Annual report on the working of the lock hospitals in the North-Western Provinces and Oudh
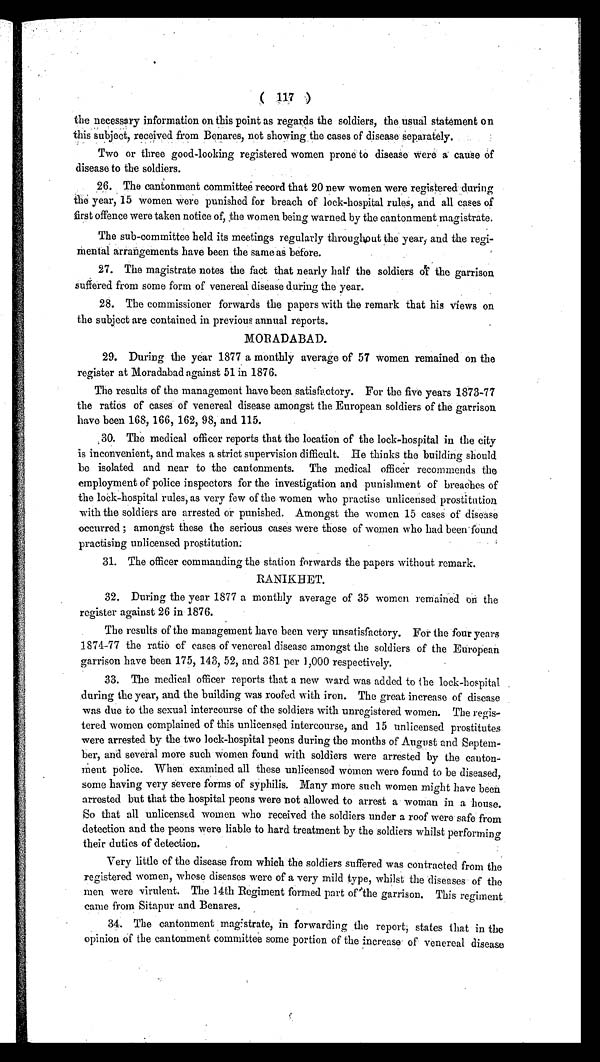
( 117 )
the necessary information on this point as regards the soldiers, the usual statement on
this subject, received from Benares, not showing the cases of disease Separately.
Two or three good-looking registered women prone to disease were a cause of
disease to the soldiers.
26. The cantonment committee record that 20 new women were registered during
the year, 15 women were punished for breach of lock-hospital rules, and all cases of
first offence were taken notice of, the women being warned by the cantonment magistrate.
The sub-committee held its meetings regularly throughout the year, and the regi-
mental arrangements have been the same as before.
27. The magistrate notes the fact that nearly half the soldiers of the garrison
suffered from some form of venereal disease during the year.
28. The commissioner forwards the papers with the remark that his views on
the subject are contained in previous annual reports.
MORADABAD.
29. During the year 1877 a monthly average of 57 women remained on the
register at Moradabad against 51 in 1876.
The results of the management have been satisfactory. For the five years 1873-77
the ratios of cases of venereal disease amongst the European soldiers of the garrison
have been 168, 166, 162, 98, and 115.
30. The medical officer reports that the location of the lock-hospital in the city
is inconvenient, and makes a strict supervision difficult. He thinks the building should
be isolated and near to the cantonments. The medical officer recommends the
employment of police inspectors for the investigation and punishment of breaches of
the lock-hospital rules, as very few of the women who practise unlicensed prostitution
with the soldiers are arrested or punished. Amongst the women 15 cases of disease
occurred; amongst these the serious cases were those of women who had been found
practising unlicensed prostitution.
31. The officer commanding the station forwards the papers without remark.
RANIKHET.
32. During the year 1877 a monthly average of 35 women remained on the
register against 26 in 1876.
The results of the management have been very unsatisfactory. For the four years
1874-77 the ratio of cases of venereal disease amongst the soldiers of the European
garrison have been 175, 143, 52, and 381 per 1,000 respectively.
33. The medical officer reports that a new ward was added to the lock-hospital
during the year, and the building was roofed with iron. The great increase of disease
was due to the sexual intercourse of the soldiers with unregistered women. The regis-
tered women complained of this unlicensed intercourse, and 15 unlicensed prostitutes
were arrested by the two lock-hospital peons during the months of August and Septem-
ber, and several more such women found with soldiers were arrested by the canton-
ment police. When examined all these unlicensed women were found to be diseased,
some having very severe forms of syphilis. Many more such women might have been
arrested but that the hospital peons were not allowed to arrest a woman in a house.
So that all unlicensed women who received the soldiers under a roof were safe from
detection and the peons were liable to hard treatment by the soldiers whilst performing
their duties of detection.
Very little of the disease from which the soldiers suffered was contracted from the
registered women, whose diseases were of a very mild type, whilst the diseases of the
men were virulent. The 14th Regiment formed part of the garrison. This regiment
came from Sitapur and Benares.
34. The cantonment magistrate, in forwarding the report, states that in the
opinion of the cantonment committee some portion of the increase of venereal disease